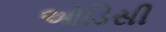
ઓડિસી